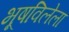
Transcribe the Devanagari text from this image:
भूषविलेला